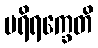
ပရိရက္ခေတိ